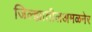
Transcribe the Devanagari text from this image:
जिल्ह्यातीलअमळनेर